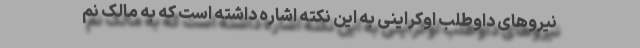
نیروهای داوطلب اوکراینی به این نکته اشاره داشته است که به مالک نم